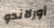
أورلاندو